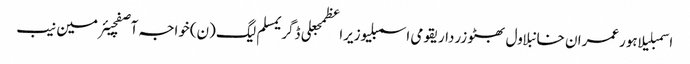
اسمبلیلاہورعمران خانبلاول بھٹو زرداریقومی اسمبلیوزیراعظمجعلی ڈگریمسلم لیگ (ن)خواجہ آصفچیئرمین نیب